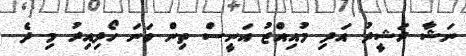
ނަޝާ ރަޝީދު އަދި މުއިއްޒު އަނީސް ތިން ވަނަ ހޯދިއިރު މި ދެ